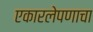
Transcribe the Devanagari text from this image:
एकारलेपणाचा